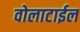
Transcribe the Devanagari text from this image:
वोलाटाईल